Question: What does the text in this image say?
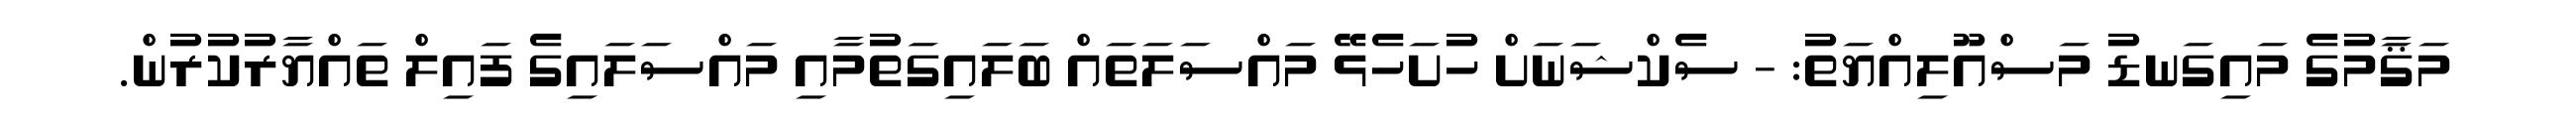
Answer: މަޤާމުގެ މައިގަނޑު މަސްއޫލިއްޔަތު: - ސެކްޝަނަށް ހުށަހެޅޭ މައްސަލަތައް ބަލައިގަތުމާއި މައްސަލައިގެ ފައިލް ތައްޔާރުކުރުން.